Annual statistical returns and brief notes on vaccination in Bengal - 1909-1929
Year: 1909
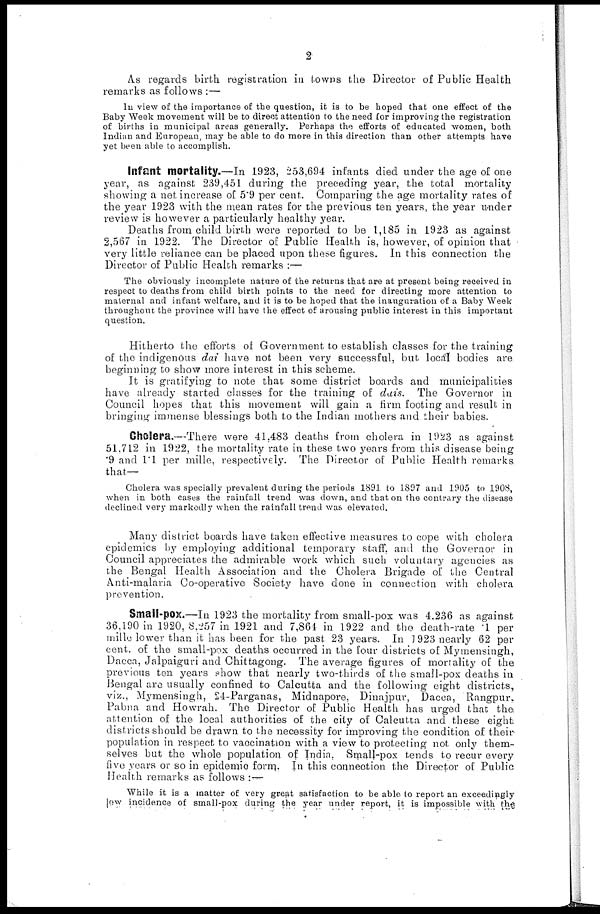
2
As regards birth registration in towns the Director of Public Health
remarks as follows :—
In view of the importance of the question, it is to be hoped that one effect of the
Baby Week movement will be to direct attention to the need for improving the registration
of births in municipal areas generally. Perhaps the efforts of educated women, both
Indian and European, may be able to do more in this direction than other attempts have
yet been able to accomplish.
Infant mortality.—In 1923, 253,694 infants died under the age of one
year, as against 239,451 during the preceding year, the total mortality
showing a net increase of 5.9 per cent. Comparing the age mortality rates of
the year 1923 with the mean rates for the previous ten years, the year under
review is however a particularly healthy year.
Deaths from child birth were reported to be 1,185 in 1923 as against
2,567 in 1922. The Director of Public Health is, however, of opinion that
very little reliance can be placed upon these figures. In this connection the
Director of Public Health remarks :—
The obviously incomplete nature of the returns that are at present being received in
respect to deaths from child birth points to the need for directing more attention to
maternal and infant welfare, and it is to be hoped that the inauguration of a Baby Week
throughout the province will have the effect of arousing public interest in this important
question.
Hitherto the efforts of Government to establish classes for the training
of the indigenous dai have not been very successful, but local bodies are
beginning to show more interest in this scheme.
It is gratifying to note that some district boards and municipalities
have already started classes for the training of dais. The Governor in
Council hopes that this movement will gain a firm footing and result in
bringing immense blessings both to the Indian mothers and their babies.
Cholera.—There were 41,483 deaths from cholera in 1923 as against
51,712 in 1922, the mortality rate in these two years from this disease being
.9 and 1.1 per mille, respectively. The Director of Public Health remarks
that—
Cholera was specially prevalent during the periods 1891 to 1897 and 1905 to 1908,
when in both cases the rainfall trend was down, and that on the contrary the disease
declined very markedly when the rainfall trend was elevated.
Many district boards have taken effective measures to cope with cholera
epidemics by employing additional temporary staff, and the Governor in
Council appreciates the admirable work which such voluntary agencies as
the Bengal Health Association and the Cholera Brigade of the Central
Anti-malaria Co-operative Society have done in connection with cholera
prevention.
Small-pox.—In 1923 the mortality from small-pox was 4,236 as against
36,190 in 1920, 8,257 in 1921 and 7,864 in 1922 and the death-rate .1 per
mille lower than it has been for the past 23 years. In 1923 nearly 62 per
cent. of the small-pox deaths occurred in the four districts of Mymensingh,
Dacca, Jalpaiguri and Chittagong. The average figures of mortality of the
previous ten years show that nearly two-thirds of the small-pox deaths in
Bengal are usually confined to Calcutta and the following eight districts,
viz., Mymensingh, 24-Parganas, Midnapore, Dinajpur, Dacca, Rangpur,
Pabna and Howrah. The Director of Public Health has urged that the
attention of the local authorities of the city of Calcutta and these eight
districts should be drawn to the necessity for improving the condition of their
population in respect to vaccination with a view to protecting not only them-
selves but the whole population of India, Small-pox tends to recur every
five years or so in epidemic form. In this connection the Director of Public
Health remarks as follows :—
While it is a matter of very great satisfaction to be able to report an exceedingly
low incidence of small-pox during the year under report, it is impossible with the